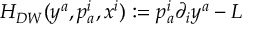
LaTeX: H _ { D W } ( y ^ { a } , p _ { a } ^ { i } , x ^ { i } ) : = p _ { a } ^ { i } \partial _ { i } y ^ { a } - L